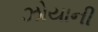
ઝોયાની